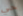
حي